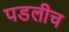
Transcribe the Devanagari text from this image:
पडलीच